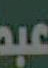
عبد